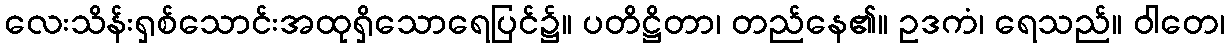
လေးသိန်းရှစ်သောင်းအထုရှိသောရေပြင်၌။ ပတိဋ္ဌိတာ၊ တည်နေ၏။ ဥဒကံ၊ ရေသည်။ ဝါတေ၊